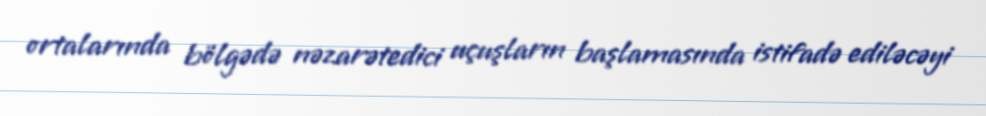
ortalarında bölgədə nəzarətedici uçuşların başlamasında istifadə ediləcəyi